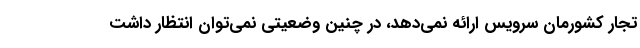
تجار کشورمان سرویس ارائه نمی‌دهد، در چنین وضعیتی نمی‌توان انتظار داشت